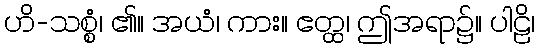
ဟိ-သစ္စံ၊ ၏။ အယံ၊ ကား။ ဧတ္ထ၊ ဤအရာ၌။ ပါဠိ၊